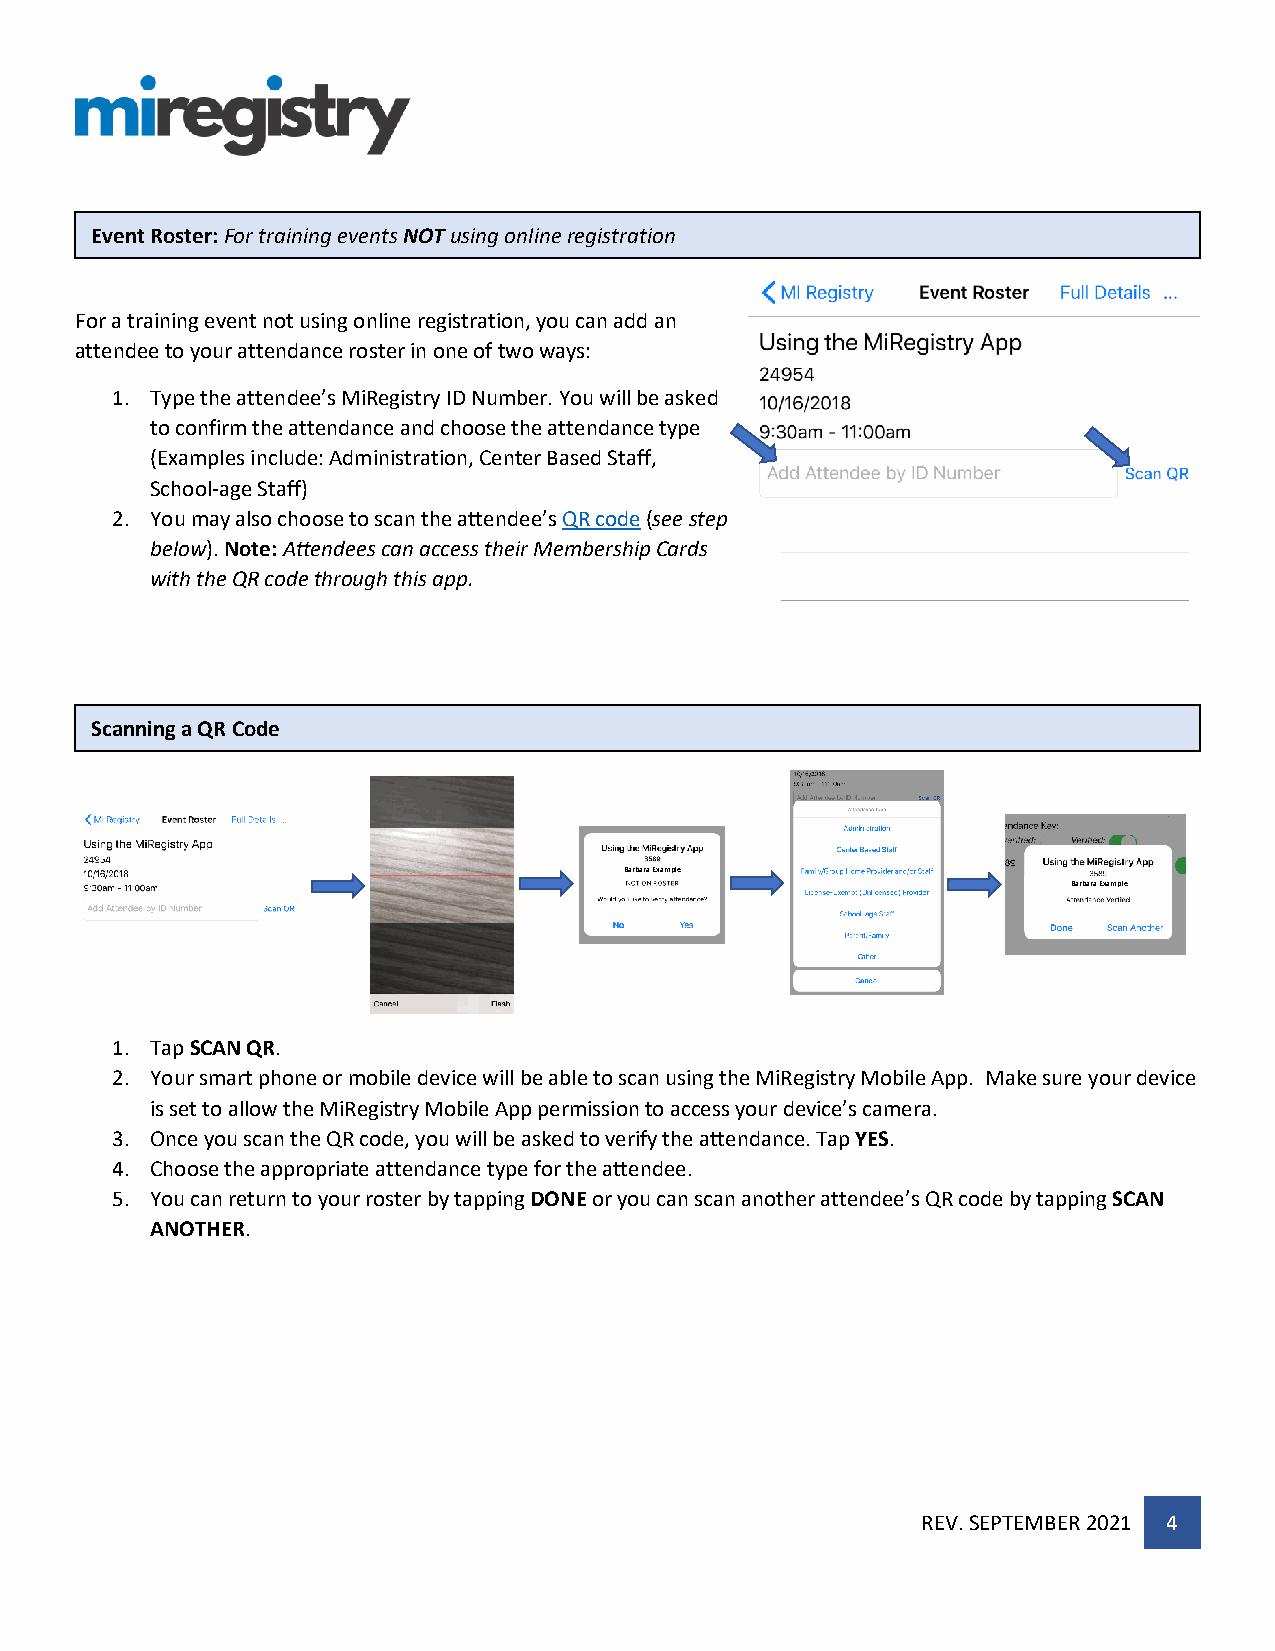
Event Roster: For training events NOT using online registration
 For a training event not using online registration, you can add an
 attendee to your attendance roster in one of two ways:
 1. Type the attendee’s MiRegistry ID Number. You will be asked
 to confirm the attendance and choose the attendance type
 (Examples include: Administration, Center Based Staff,
 School-age Staff)
 2. You may also choose to scan the attendee’s QR code (see step
 below). Note: Attendees can access their Membership Cards
 with the QR code through this app.
 Scanning a QR Code
 Barbara Example
 Barbara Example
 1. Tap SCAN QR.
 2. Your smart phone or mobile device will be able to scan using the MiRegistry Mobile App. Make sure your device
 is set to allow the MiRegistry Mobile App permission to access your device’s camera.
 3. Once you scan the QR code, you will be asked to verify the attendance. Tap YES.
 4. Choose the appropriate attendance type for the attendee.
 5. You can return to your roster by tapping DONE or you can scan another attendee’s QR code by tapping SCAN
 ANOTHER.
 REV. SEPTEMBER 2021 4